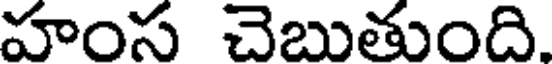
హంస చెబుతుంది.